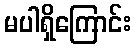
မပါရှိကြောင်း